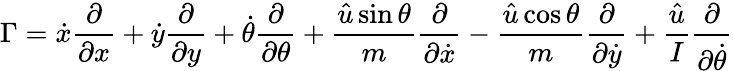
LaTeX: \Gamma=\dot{x}\frac{\partial}{\partial x}+\dot{y}\frac{\partial}{\partial y}+\dot{\theta}\frac{\partial}{\partial\theta}+\frac{\hat{u}\sin\theta}{m}\frac{\partial}{\partial\dot{x}}-\frac{\hat{u}\cos\theta}{m}\frac{\partial}{\partial\dot{y}}+\frac{\hat{u}}{I}\frac{\partial}{\partial\dot{\theta}}